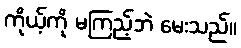
ကိုယ့်ကို မကြည့်ဘဲ မေးသည်။